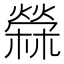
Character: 檾